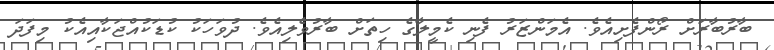
ބާރުބާރަށް ރޯންފެށިއެވެ. އެމަންޒަރު ފެނި ކެމީލާގެ ހިތަށް ބާރުވެލިއެވެ. ދުވަހަކު ކުޑަކުއްޖަކާއިއެކު މިފަދަ